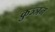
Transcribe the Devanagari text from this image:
कुञ्ञन